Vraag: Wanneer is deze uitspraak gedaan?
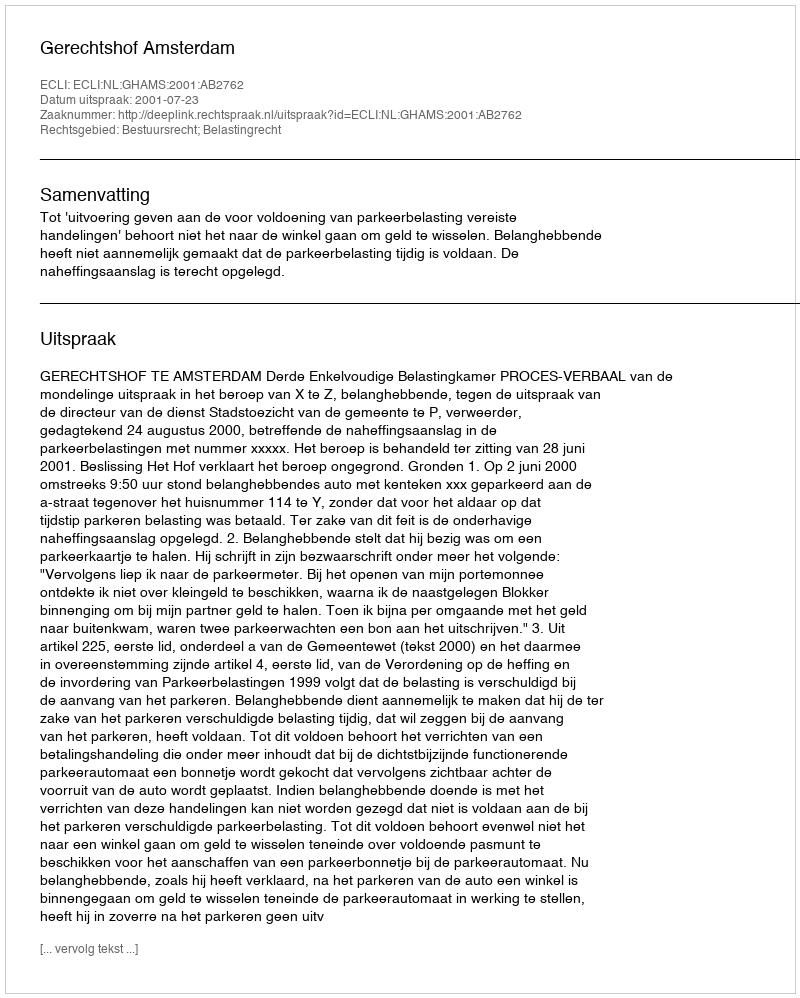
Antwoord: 2001-07-23